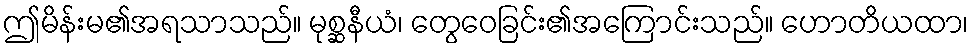
ဤမိန်းမ၏အရသာသည်။ မုစ္ဆနီယံ၊ တွေဝေခြင်း၏အကြောင်းသည်။ ဟောတိယထာ၊